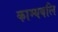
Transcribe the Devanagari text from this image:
काम्यबलि